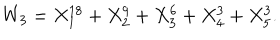
W _ { 3 } = X _ { 1 } ^ { 1 8 } + X _ { 2 } ^ { 9 } + X _ { 3 } ^ { 6 } + X _ { 4 } ^ { 3 } + X _ { 5 } ^ { 3 } .